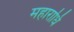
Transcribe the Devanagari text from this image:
महाराधि